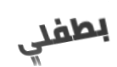
بطفلي